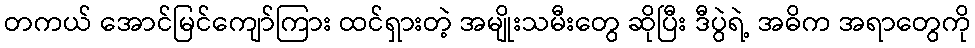
တကယ် အောင်မြင်ကျော်ကြား ထင်ရှားတဲ့ အမျိုးသမီးတွေ ဆိုပြီး ဒီပွဲရဲ့ အဓိက အရာတွေကို